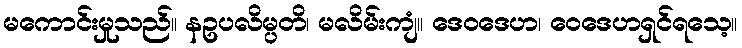
မကောင်းမှုသည်။ နဥပလိမ္ပတိ၊ မလိမ်းကျံ။ ဒေဝဒေဟ၊ ဝေဒေဟရှင်ရသေ့။